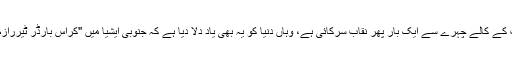
اس اعترافِ جرم نے جہاں بھارت کے کالے چہرے سے ایک بار پھر نقاب سرکائی ہے، وہاں دُنیا کو یہ بھی یاد دِلا دیا ہے کہ جنوبی ایشیا میں ''کراس بارڈر ٹیررازم‘‘ کی بنیاد رکھنے والا کون تھا۔